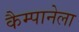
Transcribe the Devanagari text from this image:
कैम्पानेला